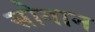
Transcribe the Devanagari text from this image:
सोगान